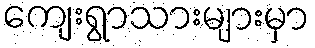
ကျေးရွာသားများမှာ